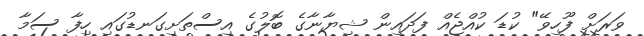
ވަރަށް ފޫހިވޭ" ކުޑަ ކުއްޖެއް ފަދައިން ޝިޔާނާގެ ބޮލުގެ އިސްތަށިގަނޑުގައި ހިފާ ސަމާ